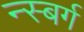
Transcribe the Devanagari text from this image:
न्स्बर्ग